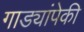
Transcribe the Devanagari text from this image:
गाड्यांपेकी